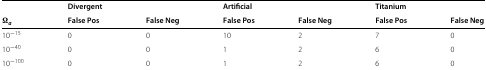
<table><thead><tr><td><b> </b></td><td><b> </b></td><td><b> </b></td><td><b> </b></td><td><b> </b></td><td><b>Divergent</b></td><td><b> </b></td><td><b>Artificial</b></td><td><b> </b></td><td><b>Titanium</b></td></tr><tr><td><b> </b></td><td><b> </b></td><td><b> </b></td><td><b> </b></td><td><b><i>Ω</i><sub><i>a</i></sub></b></td><td><b>False Pos</b></td><td><b>False Neg</b></td><td><b>False Pos</b></td><td><b>False Neg</b></td><td><b>False Pos</b></td><td><b>False Neg</b></td></tr></thead><tbody><tr><td> </td><td> </td><td> </td><td> </td><td>10<sup>−15</sup></td><td>0</td><td>0</td><td>10</td><td>2</td><td>7</td><td>0</td></tr><tr><td> </td><td> </td><td> </td><td> </td><td>10<sup>−40</sup></td><td>0</td><td>0</td><td>1</td><td>2</td><td>6</td><td>0</td></tr><tr><td> </td><td> </td><td> </td><td> </td><td>10<sup>−100</sup></td><td>0</td><td>0</td><td>1</td><td>2</td><td>6</td><td>0</td></tr></tbody></table>